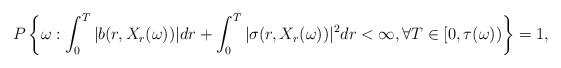
LaTeX: \begin{align*}P\left\{\omega:\int_0^T|b(r,X_r(\omega))|dr+\int_0^T|\sigma(r,X_r(\omega))|^2dr<\infty,\forall T\in[0,\tau(\omega))\right\}=1,\end{align*}